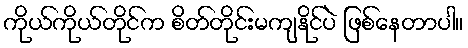
ကိုယ်ကိုယ်တိုင်က စိတ်တိုင်းမကျနိုင်ပဲ ဖြစ်နေတာပါ။